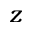
z